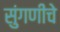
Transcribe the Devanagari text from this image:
सुंगणीचे